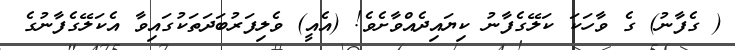
( ގެފާނު) ގެ ވާހަކަ ކަލޭގެފާނު ކިޔައިދެއްވާށެވެ! (އެއީ) ވެލިފަރުބަދަތަކުގައިވާ އެކަލޭގެފާނުގެ